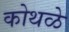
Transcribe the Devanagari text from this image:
कोथळे